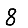
Digit: 8